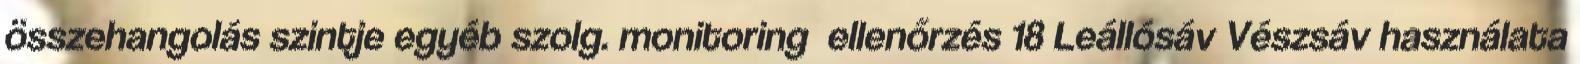
összehangolás szintje egyéb szolg. monitoring ellenőrzés 18 Leállósáv Vészsáv használata